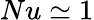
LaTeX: Nu\simeq 1